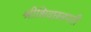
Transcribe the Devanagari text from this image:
श्रीशिवछत्रपती